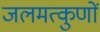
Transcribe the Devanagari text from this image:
जलमत्कुणों